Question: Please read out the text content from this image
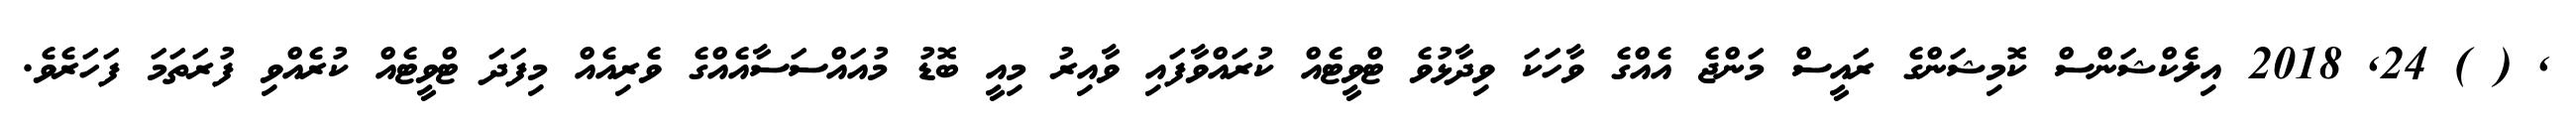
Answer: , ( ) 24, 2018 އިލެކްޝަންސް ކޮމިޝަންގެ ރައީސް މަންޖެ އެއްގެ ވާހަކަ ވިދާޅުވެ ޓްވީޓެއް ކުރައްވާފައި ވާއިރު މިއީ ބޮޑު މުއައްސަސާއެއްގެ ވެރިއެއް މިފަދަ ޓްވީޓެއް ކުރެއްވި ފުރަތަމަ ފަހަރެވެ.